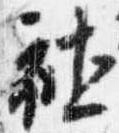
社